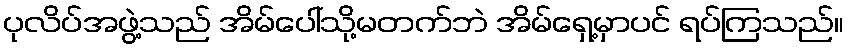
ပုလိပ်အဖွဲ့သည် အိမ်ပေါ်သို့မတက်ဘဲ အိမ်ရှေ့မှာပင် ရပ်ကြသည်။